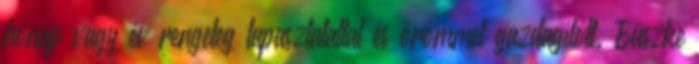
hónap vagy év rengeteg tapasztalattal és örömmel gazdagított. Büszke